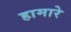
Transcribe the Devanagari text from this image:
हामारे